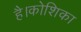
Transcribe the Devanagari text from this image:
है।कोशिका